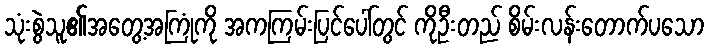
သုံးစွဲသူ၏အတွေ့အကြုံကို အကကြမ်းပြင်ပေါ်တွင် ကိုဦးတည် စိမ်းလန်းတောက်ပသော